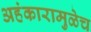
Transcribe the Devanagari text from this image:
अहंकारामुळेच